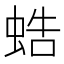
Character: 𧋓